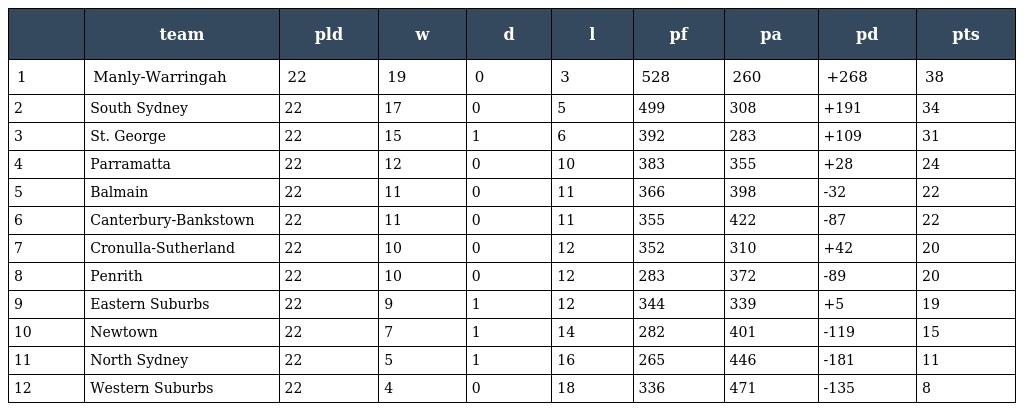
|  | team | pld | w | d | l | pf | pa | pd | pts |
 | --- | --- | --- | --- | --- | --- | --- | --- | --- | --- |
 | 1 | Manly-Warringah | 22 | 19 | 0 | 3 | 528 | 260 | +268 | 38 |
 | 2 | South Sydney | 22 | 17 | 0 | 5 | 499 | 308 | +191 | 34 |
 | 3 | St. George | 22 | 15 | 1 | 6 | 392 | 283 | +109 | 31 |
 | 4 | Parramatta | 22 | 12 | 0 | 10 | 383 | 355 | +28 | 24 |
 | 5 | Balmain | 22 | 11 | 0 | 11 | 366 | 398 | -32 | 22 |
 | 6 | Canterbury-Bankstown | 22 | 11 | 0 | 11 | 355 | 422 | -87 | 22 |
 | 7 | Cronulla-Sutherland | 22 | 10 | 0 | 12 | 352 | 310 | +42 | 20 |
 | 8 | Penrith | 22 | 10 | 0 | 12 | 283 | 372 | -89 | 20 |
 | 9 | Eastern Suburbs | 22 | 9 | 1 | 12 | 344 | 339 | +5 | 19 |
 | 10 | Newtown | 22 | 7 | 1 | 14 | 282 | 401 | -119 | 15 |
 | 11 | North Sydney | 22 | 5 | 1 | 16 | 265 | 446 | -181 | 11 |
 | 12 | Western Suburbs | 22 | 4 | 0 | 18 | 336 | 471 | -135 | 8 |